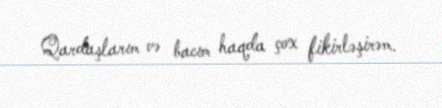
Qardaşlarım və bacım haqda çox fikirləşirəm.